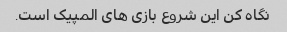
نگاه کن این شروع بازی های المپیک است.